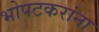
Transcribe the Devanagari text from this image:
भोपटकरांना